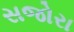
સજોરા